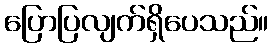
ပြောပြလျက်ရှိပေသည်။